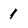
Character: 1